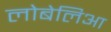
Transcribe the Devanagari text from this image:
लोबेलिआ